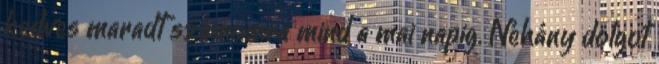
kedves maradt számomra mind a mai napig. Néhány dolgot